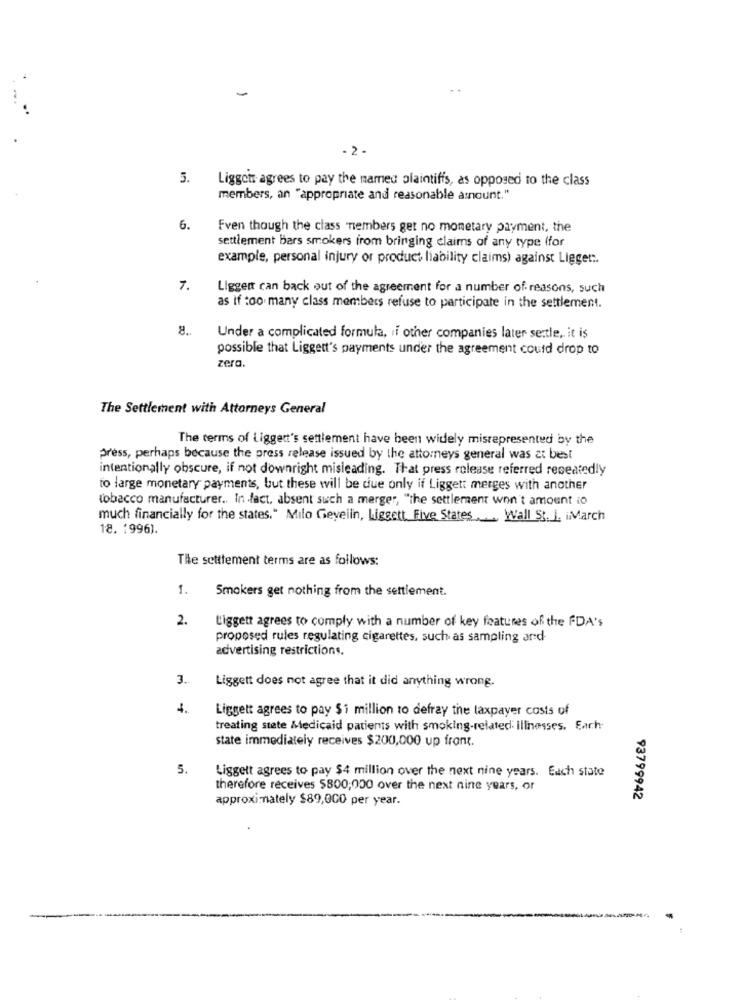
-
- 2-
5.
Ligget agrees to pay the named plaintiffs, as opposed to the class
members, an "appropriate and reasonable amount."
6.
Even though the class members get no monetary payment, the
settlement bars smokers from bringing claims of any type (for
example, personal injury or product liability claims) against Ligget :.
7.
Ligger can back out of the agreement for a number of reasons, such
as if too many class members refuse to participate in the settlement.
Under a complicated formula, if other companies later sertle, it is
possible that Liggett's payments under the agreement could drop to
zero.
The Settlement with Attorneys General
The terms of Liggert's settlement have been widely misrepresented by the
press, perhaps because the press release issued by the attorneys general was at best
intentionally obscure, if not downright misleading. That press release referred repeatedly
to large monetary payments, but these will be due only if Liggett merges with another
tobacco manufacturer .. In fact, absent such a merger, "the settlement won't amount io
much financially for the states." Milo Gevelin, Liggett. Five States ... Wall St. 1. iMarch
18. 1996).
The settlement terms are as follows:
1.
Smokers get nothing from the settlement.
2.
tiggett agrees to comply with a number of key features of the FDA's
proposed rules regulating cigarettes, such as sampling and-
advertising restrictions.
3.
Liggett does not agree that it did anything wrong.
4.
Liggett agrees to pay $1 million to defray the taxpayer costs of
treating state Medicaid patients with smoking-related: illnesses. Each-
state immediately receives $200,000 up front.
5.
Liggett agrees to pay $4 million over the next nine years. Each state
therefore receives 5800;000 over the next nine years, or
approximately $89,000 per year.
93799942